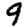
Digit: 9